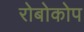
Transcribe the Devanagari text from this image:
रोबोकोप